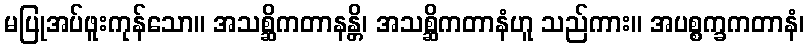
မပြုအပ်ဖူးကုန်သော။ အသစ္ဆိကတာနန္တိ၊ အသစ္ဆိကတာနံဟူ သည်ကား။ အပစ္စက္ခကတာနံ၊